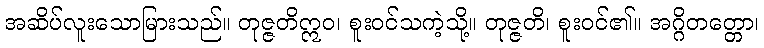
အဆိပ်လူးသောမြားသည်။ တုဇ္ဇတိဣဝ၊ စူးဝင်သကဲ့သို့။ တုဇ္ဇတိ၊ စူးဝင်၏။ အဂ္ဂိတတ္တော၊